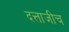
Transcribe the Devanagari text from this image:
दत्ताजीच